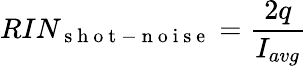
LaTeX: RIN_{\mathrm{~s~h~o~t~-~n~o~i~s~e~}}=\frac{2q}{I_{avg}}